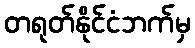
တရုတ်နိုင်ငံဘက်မှ